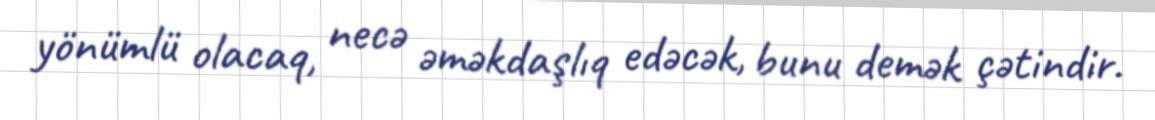
yönümlü olacaq, necə əməkdaşlıq edəcək, bunu demək çətindir.